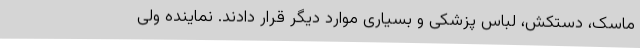
ماسک، دستکش، لباس پزشکی و بسیاری موارد دیگر قرار دادند. نماینده ولی